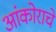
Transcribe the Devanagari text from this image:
आंकोराचे